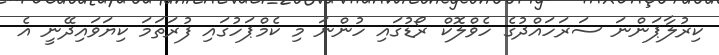
ކިރުލާޕަންނަ ސަރަހައްދުގެ ހެވްލޮކް ރޯޑުގައި ހުންނަ މި ކެމްޕަހުގައި ފުރަތަމަ ކިޔަވައިދޭނީ އެ